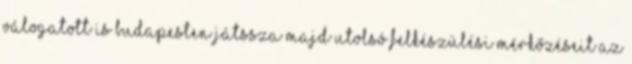
válogatott is Budapesten játssza majd utolsó felkészülési mérkőzéseit az